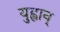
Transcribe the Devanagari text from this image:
युह्वान्